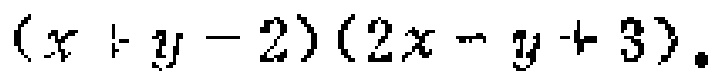
\((x + y - 2)(2x - y + 3)\)